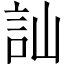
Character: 訕